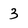
Character: 3